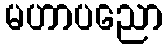
မဟာပညော